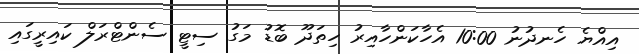
އިއްޔެ ހެނދުނު 10:00 އެހާކަންހާއިރު ހިތަދޫ ބޮޑު މަގު ސިޓީ ސެންޓްރަލް ކައިރީގައި